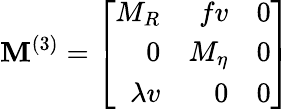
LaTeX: \mathbf{M}^{(3)}=\left[\begin{array}{rrr}{{M_{R}}}&{{fv}}&{{0}}\\ {{0}}&{{M_{\eta}}}&{{0}}\\ {{\lambda v}}&{{0}}&{{0}}\end{array}\right]